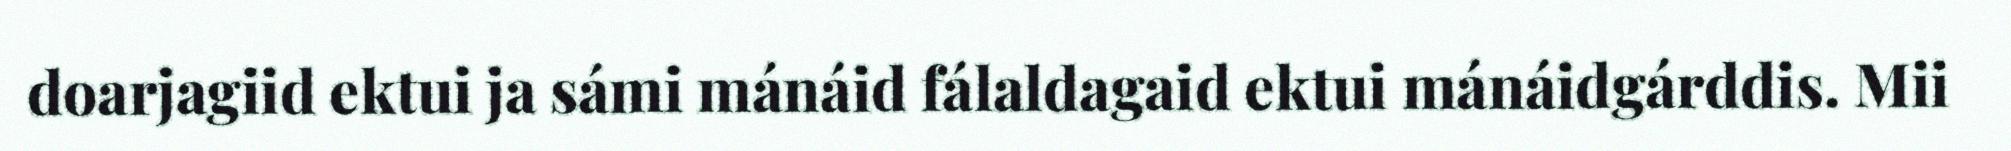
doarjagiid ektui ja sámi mánáid fálaldagaid ektui mánáidgárddis. Mii